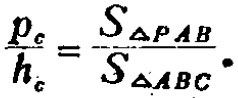
\frac{p_{c}}{h_{c}}=\frac{S_{\triangle PAB}}{S_{\triangle ABC}}.